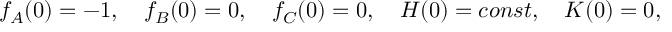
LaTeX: f _ { A } ( 0 ) = - 1 , \quad f _ { B } ( 0 ) = 0 , \quad f _ { C } ( 0 ) = 0 , \quad H ( 0 ) = c o n s t , \quad K ( 0 ) = 0 ,